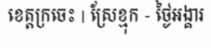
ខេត្តក្រចេះ | ស្រែខ្មុក - ថ្ងៃអង្គារ